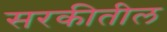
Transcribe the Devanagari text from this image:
सरकीतील